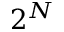
2 ^ { N }